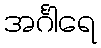
အင်္ဂါရေ